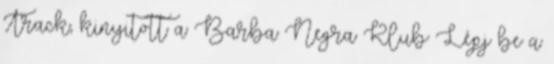
Track, kinyitott a Barba Negra Klub Lépj be a